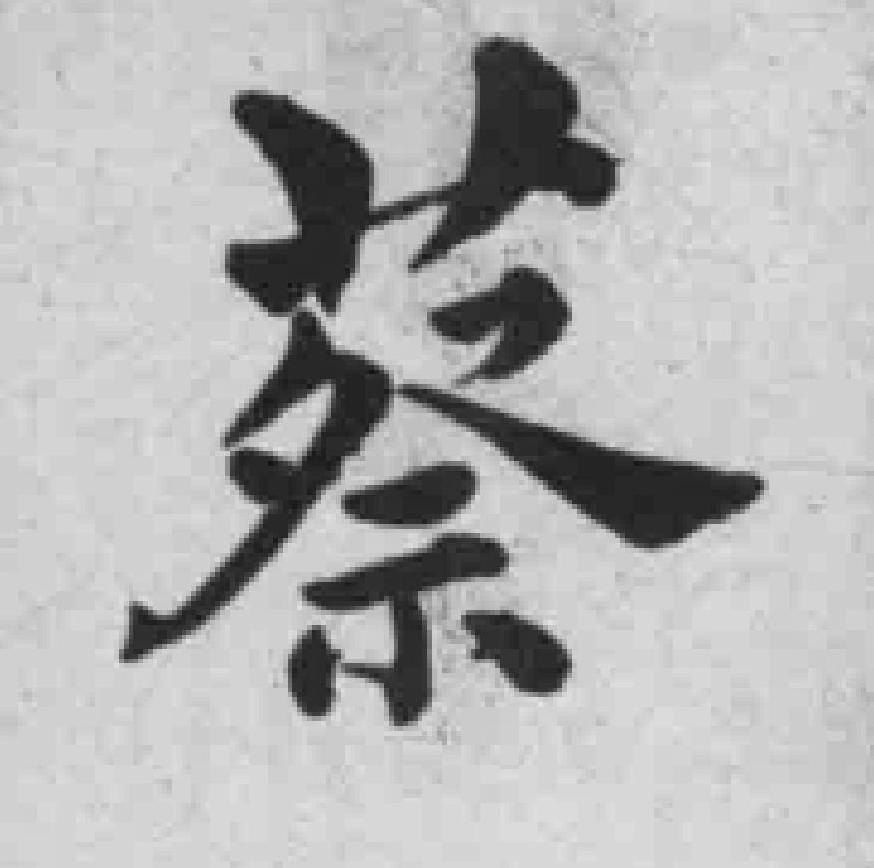
蔡